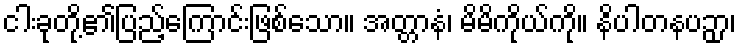
ငါးခုတို့၏ပြည့်ကြောင်းဖြစ်သော။ အတ္တာနံ၊ မိမိကိုယ်ကို။ နိပါတနပဉှာ၊